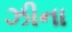
ઝીના